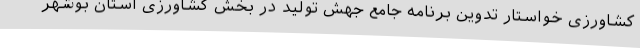
کشاورزی خواستار تدوین برنامه جامع جهش تولید در بخش کشاورزی استان بوشهر